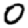
Digit: 0